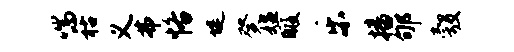
喘祜义弗恪堤癸媪暇乐播郇彀